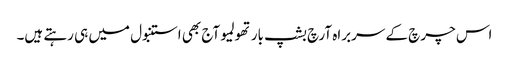
اس چرچ کے سربراہ آرچ بشپ بارتھولمیو آج بھی استنبول میں ہی رہتے ہیں۔